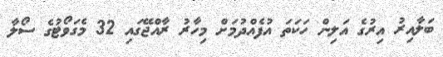
ބަލާއިރު އިރުގެ އަލިން ހަކަތަ އުފެއްދުމަށް މިހާރު ރާއްޖޭގައި 32 މެގަވޯޓުގެ ސޯލާ